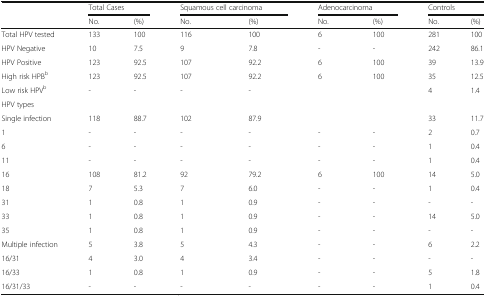
|  | <COLSPAN=2> Total Cases | <COLSPAN=2> Squamous cell carcinoma | <COLSPAN=2> Adenocarcinoma | <COLSPAN=2> Controls |
 |  | No. | (%) | No. | (%) | No. | (%) | No. | (%) |
 | --- | --- | --- | --- | --- | --- | --- | --- | --- |
 | Total HPV tested | 133 | 100 | 116 | 100 | 6 | 100 | 281 | 100 |
 | HPV Negative | 10 | 7.5 | 9 | 7.8 | - | - | 242 | 86.1 |
 | HPV Positive | 123 | 92.5 | 107 | 92.2 | 6 | 100 | 39 | 13.9 |
 | High risk HPBb | 123 | 92.5 | 107 | 92.2 | 6 | 100 | 35 | 12.5 |
 | Low risk HPVb | - | - | - | - |  |  | 4 | 1.4 |
 | <COLSPAN=9> HPV types |
 | Single infection | 118 | 88.7 | 102 | 87.9 |  |  | 33 | 11.7 |
 | 1 | - | - | - | - | - | - | 2 | 0.7 |
 | 6 | - | - | - | - | - | - | 1 | 0.4 |
 | 11 | - | - | - | - | - | - | 1 | 0.4 |
 | 16 | 108 | 81.2 | 92 | 79.2 | 6 | 100 | 14 | 5.0 |
 | 18 | 7 | 5.3 | 7 | 6.0 | - | - | 1 | 0.4 |
 | 31 | 1 | 0.8 | 1 | 0.9 | - | - | - | - |
 | 33 | 1 | 0.8 | 1 | 0.9 | - | - | 14 | 5.0 |
 | 35 | 1 | 0.8 | 1 | 0.9 | - | - | - | - |
 | Multiple infection | 5 | 3.8 | 5 | 4.3 | - | - | 6 | 2.2 |
 | 16/31 | 4 | 3.0 | 4 | 3.4 | - | - | - | - |
 | 16/33 | 1 | 0.8 | 1 | 0.9 | - | - | 5 | 1.8 |
 | 16/31/33 | - | - | - | - | - | - | 1 | 0.4 |